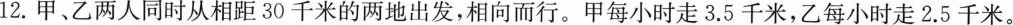
12.甲、乙两人同时从相距30千米的两地出发，相向而行。甲每小时走3.5千米，乙每小时走2.5千米。